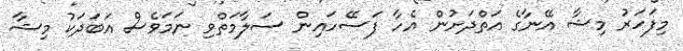
މިފަހަރު މިޝާ އޭނާގެ އަތްދަށުން އެހާ ފަސޭހައިން ސަލާމަތްވި ނަމަވެސް އަބަދަކު މިޝާ